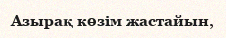
Азырақ көзім жастайын,